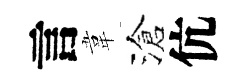
言韋滄伉